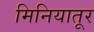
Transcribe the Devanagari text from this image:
मिनियातूर